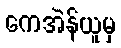
ကေအဲန်ယူမှ